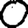
Digit: 0